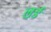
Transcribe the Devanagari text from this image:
ल़र्ड